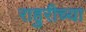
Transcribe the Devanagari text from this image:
राहुरीच्या